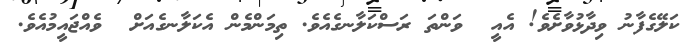
ކަލޭގެފާނު ވިދާޅުވާށެވެ! އެއީ  ވަންތަ ރަސްކަލާނގެއެވެ. ތިމަންމެން އެކަލާނގެއަށް  ވެއްޖައީމުއެވެ.